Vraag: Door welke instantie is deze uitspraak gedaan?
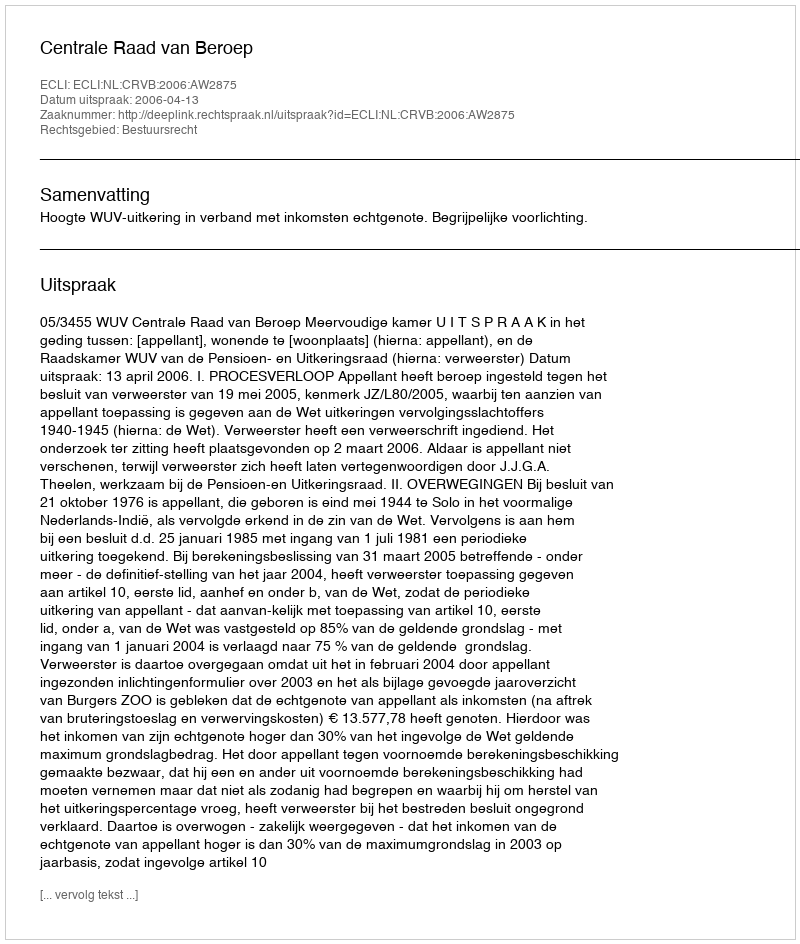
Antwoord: Centrale Raad van Beroep